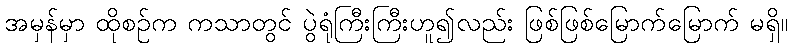
အမှန်မှာ ထိုစဉ်က ကသာတွင် ပွဲရုံကြီးကြီးဟူ၍လည်း ဖြစ်ဖြစ်မြောက်မြောက် မရှိ။